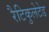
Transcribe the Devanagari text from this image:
रैटिकुलेटेड